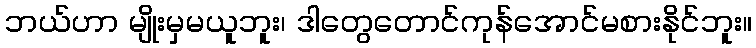
ဘယ်ဟာ မျိုးမှမယူဘူး၊ ဒါတွေတောင်ကုန်အောင်မစားနိုင်ဘူး။